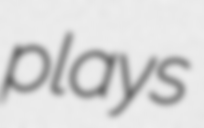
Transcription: plays